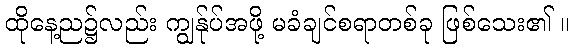
ထိုနေ့ည၌လည်း ကျွန်ုပ်အဖို့ မခံချင်စရာတစ်ခု ဖြစ်သေး၏ ။